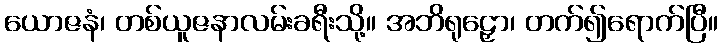
ယောဇနံ၊ တစ်ယူဇနာလမ်းခရီးသို့။ အဘိရုဠှော၊ တက်၍ရောက်ပြီ။